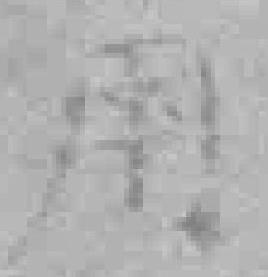
用